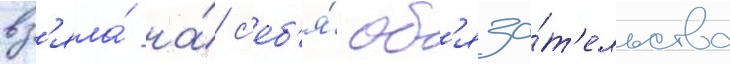
вз'яла́ на́ с'еб'я́ об'яза́т'ельства